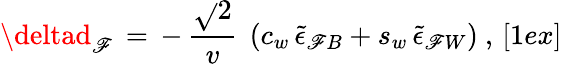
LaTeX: \deltad_{\mathscr{F}}\, =\, -\, {\frac{{\sqrt{}{{2}}}}{{v}}}\ \left(c_{w}\, \tilde{{\epsilon}}_{\mathscr{F}B}+s_{w}\, \tilde{{\epsilon}}_{\mathscr{F}W}\right)\ ,\, [1ex]